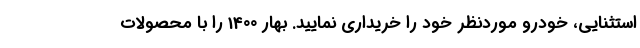
استثنایی، خودرو موردنظر خود را خریداری نمایید. بهار 1400 را با محصولات